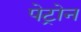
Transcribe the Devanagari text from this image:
पेट्रोन